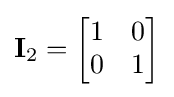
\mathbf {I} _{2}={\begin{bmatrix}1&0\\0&1\end{bmatrix}}